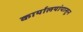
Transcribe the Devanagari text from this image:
कार्यालयांपासून